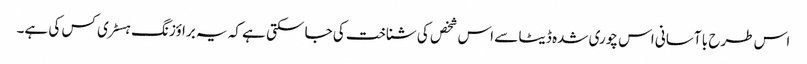
اس طرح با آسانی اس چوری شدہ ڈیٹا سے اس شخص کی شناخت کی جا سکتی ہے کہ یہ براؤزنگ ہسٹری کس کی ہے۔